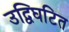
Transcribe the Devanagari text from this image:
उद्विघटित